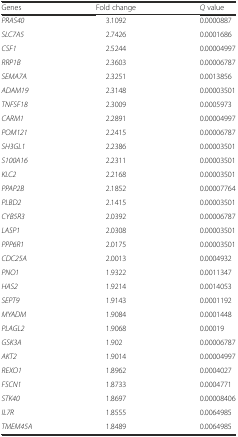
<table><thead><tr><td><b>Genes</b></td><td><b>Fold change</b></td><td><b><i>Q</i> value</b></td></tr></thead><tbody><tr><td><i>PRAS40</i></td><td>3.1092</td><td>0.0000887</td></tr><tr><td><i>SLC7A5</i></td><td>2.7426</td><td>0.0001686</td></tr><tr><td><i>CSF1</i></td><td>2.5244</td><td>0.00004997</td></tr><tr><td><i>RRP1B</i></td><td>2.3603</td><td>0.00006787</td></tr><tr><td><i>SEMA7A</i></td><td>2.3251</td><td>0.0013856</td></tr><tr><td><i>ADAM19</i></td><td>2.3148</td><td>0.00003501</td></tr><tr><td><i>TNFSF18</i></td><td>2.3009</td><td>0.0005973</td></tr><tr><td><i>CARM1</i></td><td>2.2891</td><td>0.00004997</td></tr><tr><td><i>POM121</i></td><td>2.2415</td><td>0.00006787</td></tr><tr><td><i>SH3GL1</i></td><td>2.2386</td><td>0.00003501</td></tr><tr><td><i>S100A16</i></td><td>2.2311</td><td>0.00003501</td></tr><tr><td><i>KLC2</i></td><td>2.2168</td><td>0.00003501</td></tr><tr><td><i>PPAP2B</i></td><td>2.1852</td><td>0.00007764</td></tr><tr><td><i>PLBD2</i></td><td>2.1415</td><td>0.00003501</td></tr><tr><td><i>CYB5R3</i></td><td>2.0392</td><td>0.00006787</td></tr><tr><td><i>LASP1</i></td><td>2.0308</td><td>0.00003501</td></tr><tr><td><i>PPP6R1</i></td><td>2.0175</td><td>0.00003501</td></tr><tr><td><i>CDC25A</i></td><td>2.0013</td><td>0.0004932</td></tr><tr><td><i>PNO1</i></td><td>1.9322</td><td>0.0011347</td></tr><tr><td><i>HAS2</i></td><td>1.9214</td><td>0.0014053</td></tr><tr><td><i>SEPT9</i></td><td>1.9143</td><td>0.0001192</td></tr><tr><td><i>MYADM</i></td><td>1.9084</td><td>0.0001448</td></tr><tr><td><i>PLAGL2</i></td><td>1.9068</td><td>0.00019</td></tr><tr><td><i>GSK3A</i></td><td>1.902</td><td>0.00006787</td></tr><tr><td><i>AKT2</i></td><td>1.9014</td><td>0.00004997</td></tr><tr><td><i>REXO1</i></td><td>1.8962</td><td>0.0004027</td></tr><tr><td><i>FSCN1</i></td><td>1.8733</td><td>0.0004771</td></tr><tr><td><i>STK40</i></td><td>1.8697</td><td>0.00008406</td></tr><tr><td><i>IL7R</i></td><td>1.8555</td><td>0.0064985</td></tr><tr><td><i>TMEM45A</i></td><td>1.8489</td><td>0.0064985</td></tr></tbody></table>